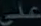
العربية